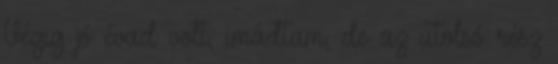
Végig jó évad volt, imádtam, de az utolsó rész